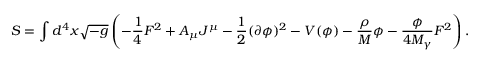
S = \int d ^ { 4 } x \sqrt { - g } \left( - \frac { 1 } { 4 } F ^ { 2 } + A _ { \mu } J ^ { \mu } - \frac { 1 } { 2 } ( \partial \phi ) ^ { 2 } - V ( \phi ) - \frac { \rho } { M } \phi - \frac { \phi } { 4 M _ { \gamma } } F ^ { 2 } \right) .